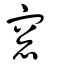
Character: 窓